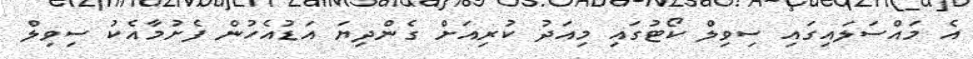
އެ މައްސަލައިގައި ސިވިލް ކޯޓުގައި މިއަދު ކުރިއަށް ގެންދިޔަ އަޑުއެހުން ފެށުމާއެކު ސިވިލް